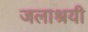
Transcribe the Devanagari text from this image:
जलाश्रयी